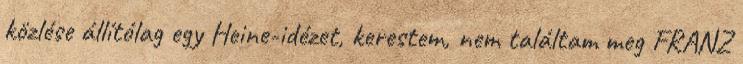
közlése állítólag egy Heine-idézet, kerestem, nem találtam meg FRANZ